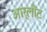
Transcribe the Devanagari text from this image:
आर्लौट